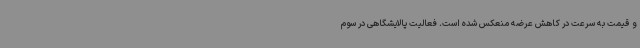
و قیمت به سرعت در کاهش عرضه منعکس شده است. فعالیت پالایشگاهی در سوم